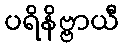
ပရိနိဗ္ဗာယီ